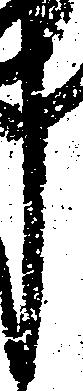
し